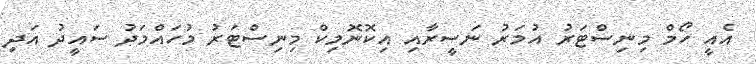
އެއީ ހޯމް މިނިސްޓަރު އުމަރު ނަސީރާއި އިކޮނޮމިކް މިނިސްޓަރު މުހައްމަދު ސައީދު އަދި